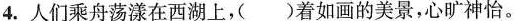
4. 人们乘舟荡漾在西湖上，( )着如画的美景，心旷神怡。